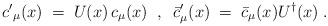
LaTeX: \begin{align*}{c'}_{\mu}(x) \;=\; U(x) \, c_{\mu} (x) \;\;,\;\; {{\bar c}'}_{\mu} (x) \;=\;{\bar c}_{\mu} (x)U^{\dagger} (x) \;.\end{align*}